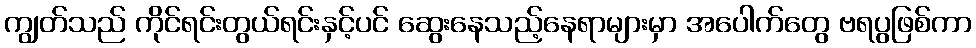
ကျွတ်သည် ကိုင်ရင်းတွယ်ရင်းနှင့်ပင် ဆွေးနေသည့်နေရာများမှာ အပေါက်တွေ ဗရပွဖြစ်ကာ